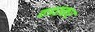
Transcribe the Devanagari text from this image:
वडतकर